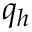
q _ { h }